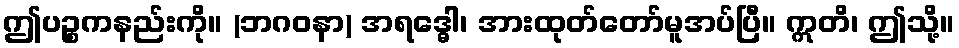
ဤပဉ္စကနည်းကို။ (ဘဂဝနာ) အရဒ္ဓေါ၊ အားထုတ်တော်မူအပ်ပြီ။ ဣတိ၊ ဤသို့။